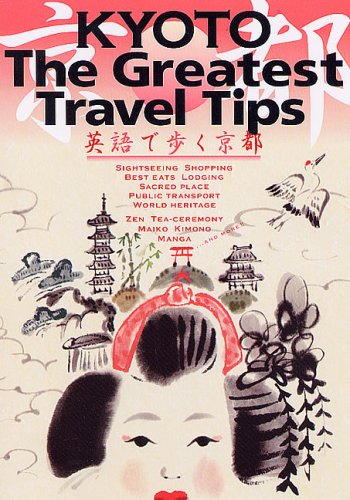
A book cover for KYOTO The Greatest Travel Tips; Travel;